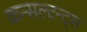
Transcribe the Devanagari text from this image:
कन्सल्टन्ट्स